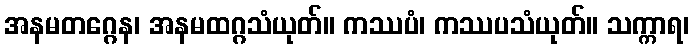
အနမတဂ္ဂေန၊ အနမထဂ္ဂသံယုတ်။ ကဿပံ၊ ကဿပသံယုတ်။ သက္ကာရ၊